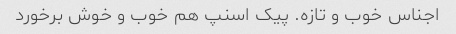
اجناس خوب و تازه. پیک اسنپ هم خوب و خوش برخورد